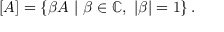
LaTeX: \left[ A \right] = \left\{ \beta A \ | \ \beta \in \mathbb { C } , \ \left\vert \beta \right\vert = 1 \right\} .